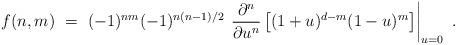
LaTeX: \begin{align*}f(n,m) ~=~ (-1)^{nm} (-1)^{n(n-1)/2} \, \left. \frac{\partial^n}{\partial u^n} \left[ (1+u)^{d-m} (1-u)^m \right] \right|_{u = 0} ~. \end{align*}